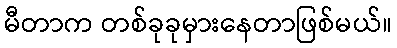
မီတာက တစ်ခုခုမှားနေတာဖြစ်မယ်။